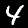
Digit: 4